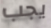
يجب